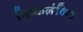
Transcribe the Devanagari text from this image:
निष्कलंकित